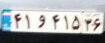
۴۱و۴۱۵۳۶